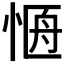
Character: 𭝐